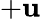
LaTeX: +\mathbf{u}